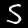
Digit: 5